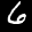
Label: 6